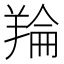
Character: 𮊬